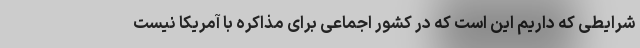
شرایطی که داریم این است که در کشور اجماعی برای مذاکره با آمریکا نیست